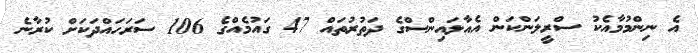
އެ ނިންމުމާއެކު ސްރީލަންކަން އެއާލައިންސްގެ ދަތުރުތައް 47 ގައުމެއްގެ 106 ސަރަހައްދަަކަށް ކުރާނެ